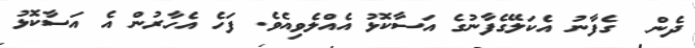
ދެން  ގެފާނު އެކަލޭގެފާނުގެ އަސާކޮޅު އެއްލެވިއެވެ. ފަހެ އެހާރުން އެ އަސާކޮޅު